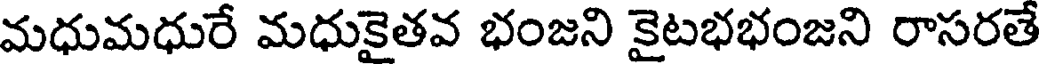
మధుమధురే మధుకైతవ భంజని కైటభభంజని రాసరతే